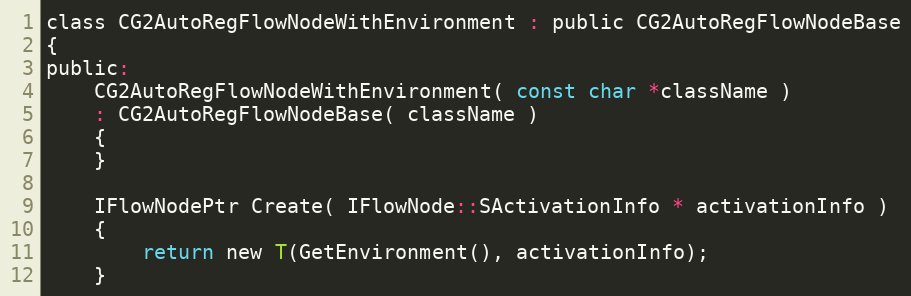
Language: C
class CG2AutoRegFlowNodeWithEnvironment : public CG2AutoRegFlowNodeBase
{
public:
	CG2AutoRegFlowNodeWithEnvironment( const char *className )
	: CG2AutoRegFlowNodeBase( className )
	{
	}

	IFlowNodePtr Create( IFlowNode::SActivationInfo * activationInfo )
	{
		return new T(GetEnvironment(), activationInfo);
	}